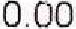
0.00